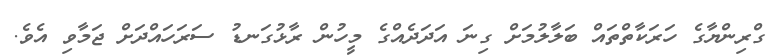
ގްރިންޔާގެ ހަރަކާތްތައް ބަލާލުމަށް ގިނަ އަދަދެއްގެ މީހުން ރާޅުގަނޑު ސަރަހައްދަށް ޖަމާވި އެވެ.